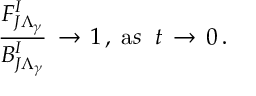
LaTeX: \frac { F _ { J \Lambda _ { \gamma } } ^ { I } } { B _ { J \Lambda _ { \gamma } } ^ { I } } \, \rightarrow \, 1 \, , \; { \mathrm a s } \; \; t \, \rightarrow \, 0 \, .